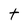
Character: t